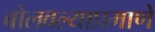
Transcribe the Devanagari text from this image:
बोलवल्याप्रमाणे